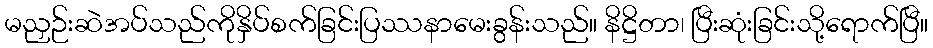
မညှဉ်းဆဲအပ်သည်ကိုနှိပ်စက်ခြင်းပြဿနာမေးခွန်းသည်။ နိဋ္ဌိတာ၊ ပြီးဆုံးခြင်းသို့ရောက်ပြီ။